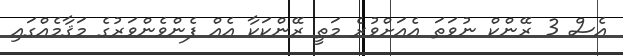
އެސް 3 ރޭންކް ނުވަތަ އެއަށްވުރެ މަތީ ރޭންކަކާ އެއް ފެންވެންވަރުގެ މަޤާމެއްގައި